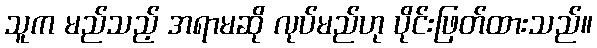
သူက မည်သည့် အရာမဆို လုပ်မည်ဟု ပိုင်းဖြတ်ထားသည်။